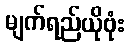
မျက်ရည်ယိုဗုံး